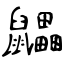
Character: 鼺